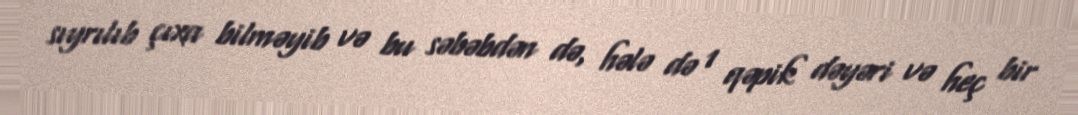
sıyrılıb çıxa bilməyib və bu səbəbdən də, hələ də 1 qəpik dəyəri və heç bir